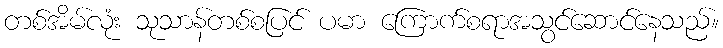
တစ်အိမ်လုံး သုသာန်တစ်စပြင် ပမာ ကြောက်စရာအသွင်ဆောင်နေသည်။